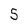
Character: 5